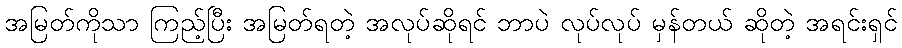
အမြတ်ကိုသာ ကြည့်ပြီး အမြတ်ရတဲ့ အလုပ်ဆိုရင် ဘာပဲ လုပ်လုပ် မှန်တယ် ဆိုတဲ့ အရင်းရှင်